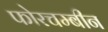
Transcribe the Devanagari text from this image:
फोरचम्बीन